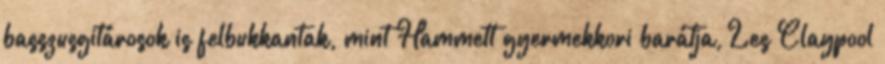
basszusgitárosok is felbukkantak, mint Hammett gyermekkori barátja, Les Claypool